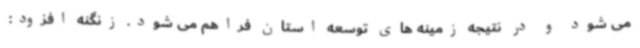
می شود و در نتیجه زمینه های توسعه استان فراهم می شود. زنگنه افزود: